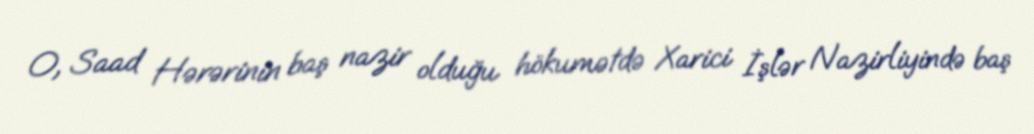
O, Saad Hərərinin baş nazir olduğu hökumətdə Xarici İşlər Nazirliyində baş